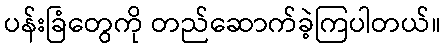
ပန်းခြံတွေကို တည်ဆောက်ခဲ့ကြပါတယ်။